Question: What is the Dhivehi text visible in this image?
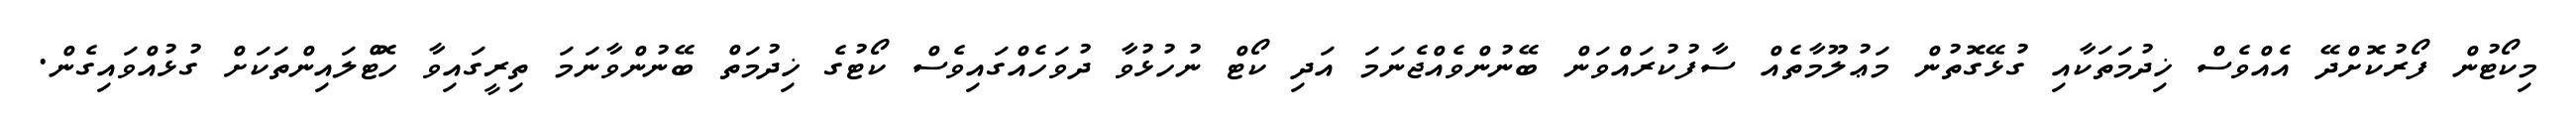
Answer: މިކޯޓުން ފޯރުކޮށްދޭ އެއްވެސް ޚިދުމަތަކާއި ގުޅޭގޮތުން މަޢުލޫމާތެއް ސާފުކުރައްވަން ބޭނުންވެއްޖެނަމަ އަދި ކޯޓް ނުހުޅުވާ ދުވަހެއްގައިވެސް ކޯޓުގެ ޚިދުމަތް ބޭނުންވާނަމަ ތިރީގައިވާ ހޮޓްލައިންތަކަށް ގުޅުއްވައިގެން.